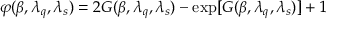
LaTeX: \varphi ( \beta , \lambda _ { q } , \lambda _ { s } ) = 2 G ( \beta , \lambda _ { q } , \lambda _ { s } ) - \exp [ G ( \beta , \lambda _ { q } , \lambda _ { s } ) ] + 1